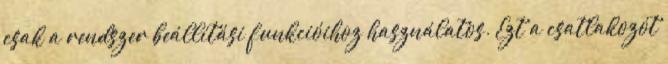
csak a rendszer beállítási funkcióihoz használatos. Ezt a csatlakozót